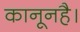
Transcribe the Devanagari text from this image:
कानूनहै।